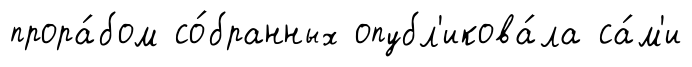
прора́бом со́бранных опубл'икова́ла са́м'и